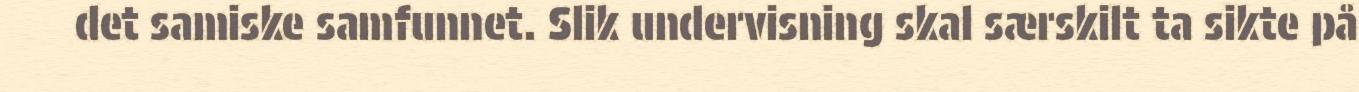
det samiske samfunnet. Slik undervisning skal særskilt ta sikte på